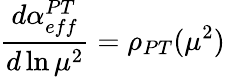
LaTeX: {\frac{d\alpha_{eff}^{PT}}{d\ln\mu^{2}}}=\rho_{PT}(\mu^{2})